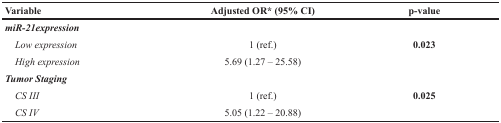
<table><thead><tr><td><b>Variable</b></td><td><b>Adjusted OR* (95% CI)</b></td><td><b>p-value</b></td></tr></thead><tbody><tr><td colspan="3"><b><i>miR-21expression</i></b></td></tr><tr><td> <i>Low expression</i></td><td>1 (ref.)</td><td><b>0.023</b></td></tr><tr><td> <i>High expression</i></td><td>5.69 (1.27 – 25.58)</td><td></td></tr><tr><td colspan="3"><b><i>Tumor Staging</i></b></td></tr><tr><td> <i>CS III</i></td><td>1 (ref.)</td><td><b>0.025</b></td></tr><tr><td> <i>CS IV</i></td><td>5.05 (1.22 – 20.88)</td><td></td></tr></tbody></table>